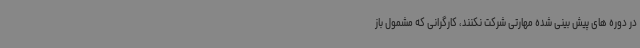
در دوره های پیش بینی شده مهارتی شرکت نکنند، کارگرانی که مشمول باز